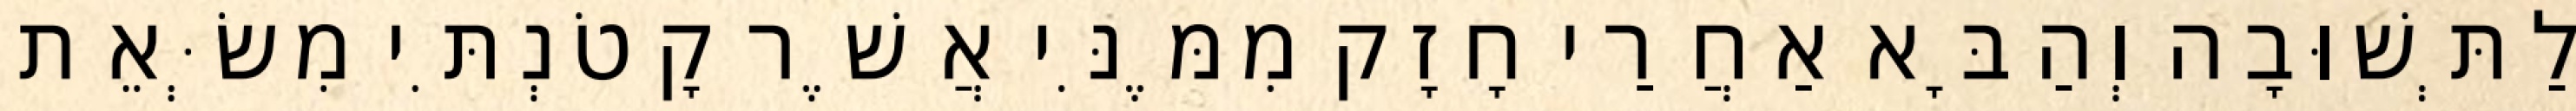
לַתְּשׁוּבָה וְהַבָּא אַחֲרַי חָזָק מִמֶּנִּי אֲשֶׁר קָטֹנְתִּי מִשְּׂאֵת